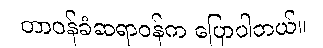
တာဝန်ခံဆရာဝန်က ပြောပါတယ်။